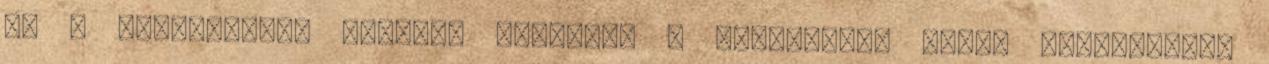
de a láncingének szemeit átvágtam a kardommal. Ekkor hátraugrott